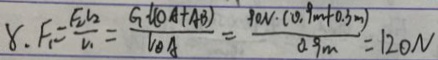
8 . F _ { 1 } = \frac { F _ { 2 } l _ { 2 } } { v _ { 1 } } = \frac { G _ { 1 } l ( O A + A B ) } { V o _ { A } } = \frac { 9 0 N \cdot ( 0 . 0 . 9 m + 0 . 3 m ) } { 0 . 9 m } = 1 2 0 N